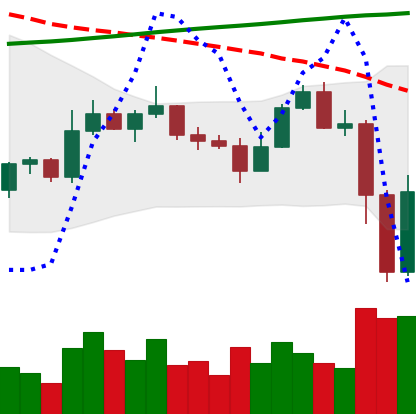
Ticker: ETC-USD
Chart end date: 2022-11-10
Forward return: -6.404%
Label: down_5_7